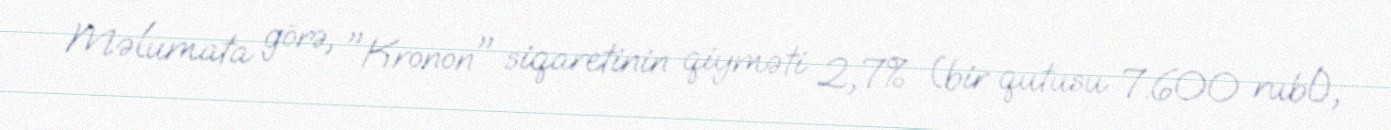
Məlumata görə, "Kronon" siqaretinin qiyməti 2,7% (bir qutusu 7.600 rubl),